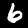
Digit: 6